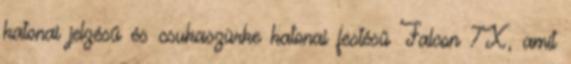
katonai jelzésű és csukaszürke katonai festésű Falcon 7X, amit